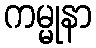
ကမ္မုနာ